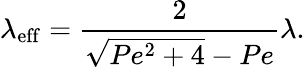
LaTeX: \lambda_{\mathrm{eff}}=\frac{2}{\sqrt{Pe^{2}+4}-Pe}\lambda.